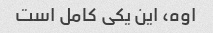
اوه، این یکی کامل است